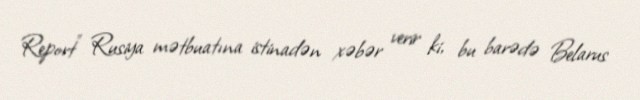
Report" Rusiya mətbuatına istinadən xəbər verir ki, bu barədə Belarus